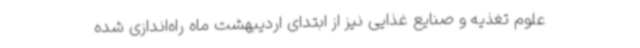
علوم تغذیه و صنایع غذایی نیز از ابتدای اردیبهشت ماه راه‌اندازی شده